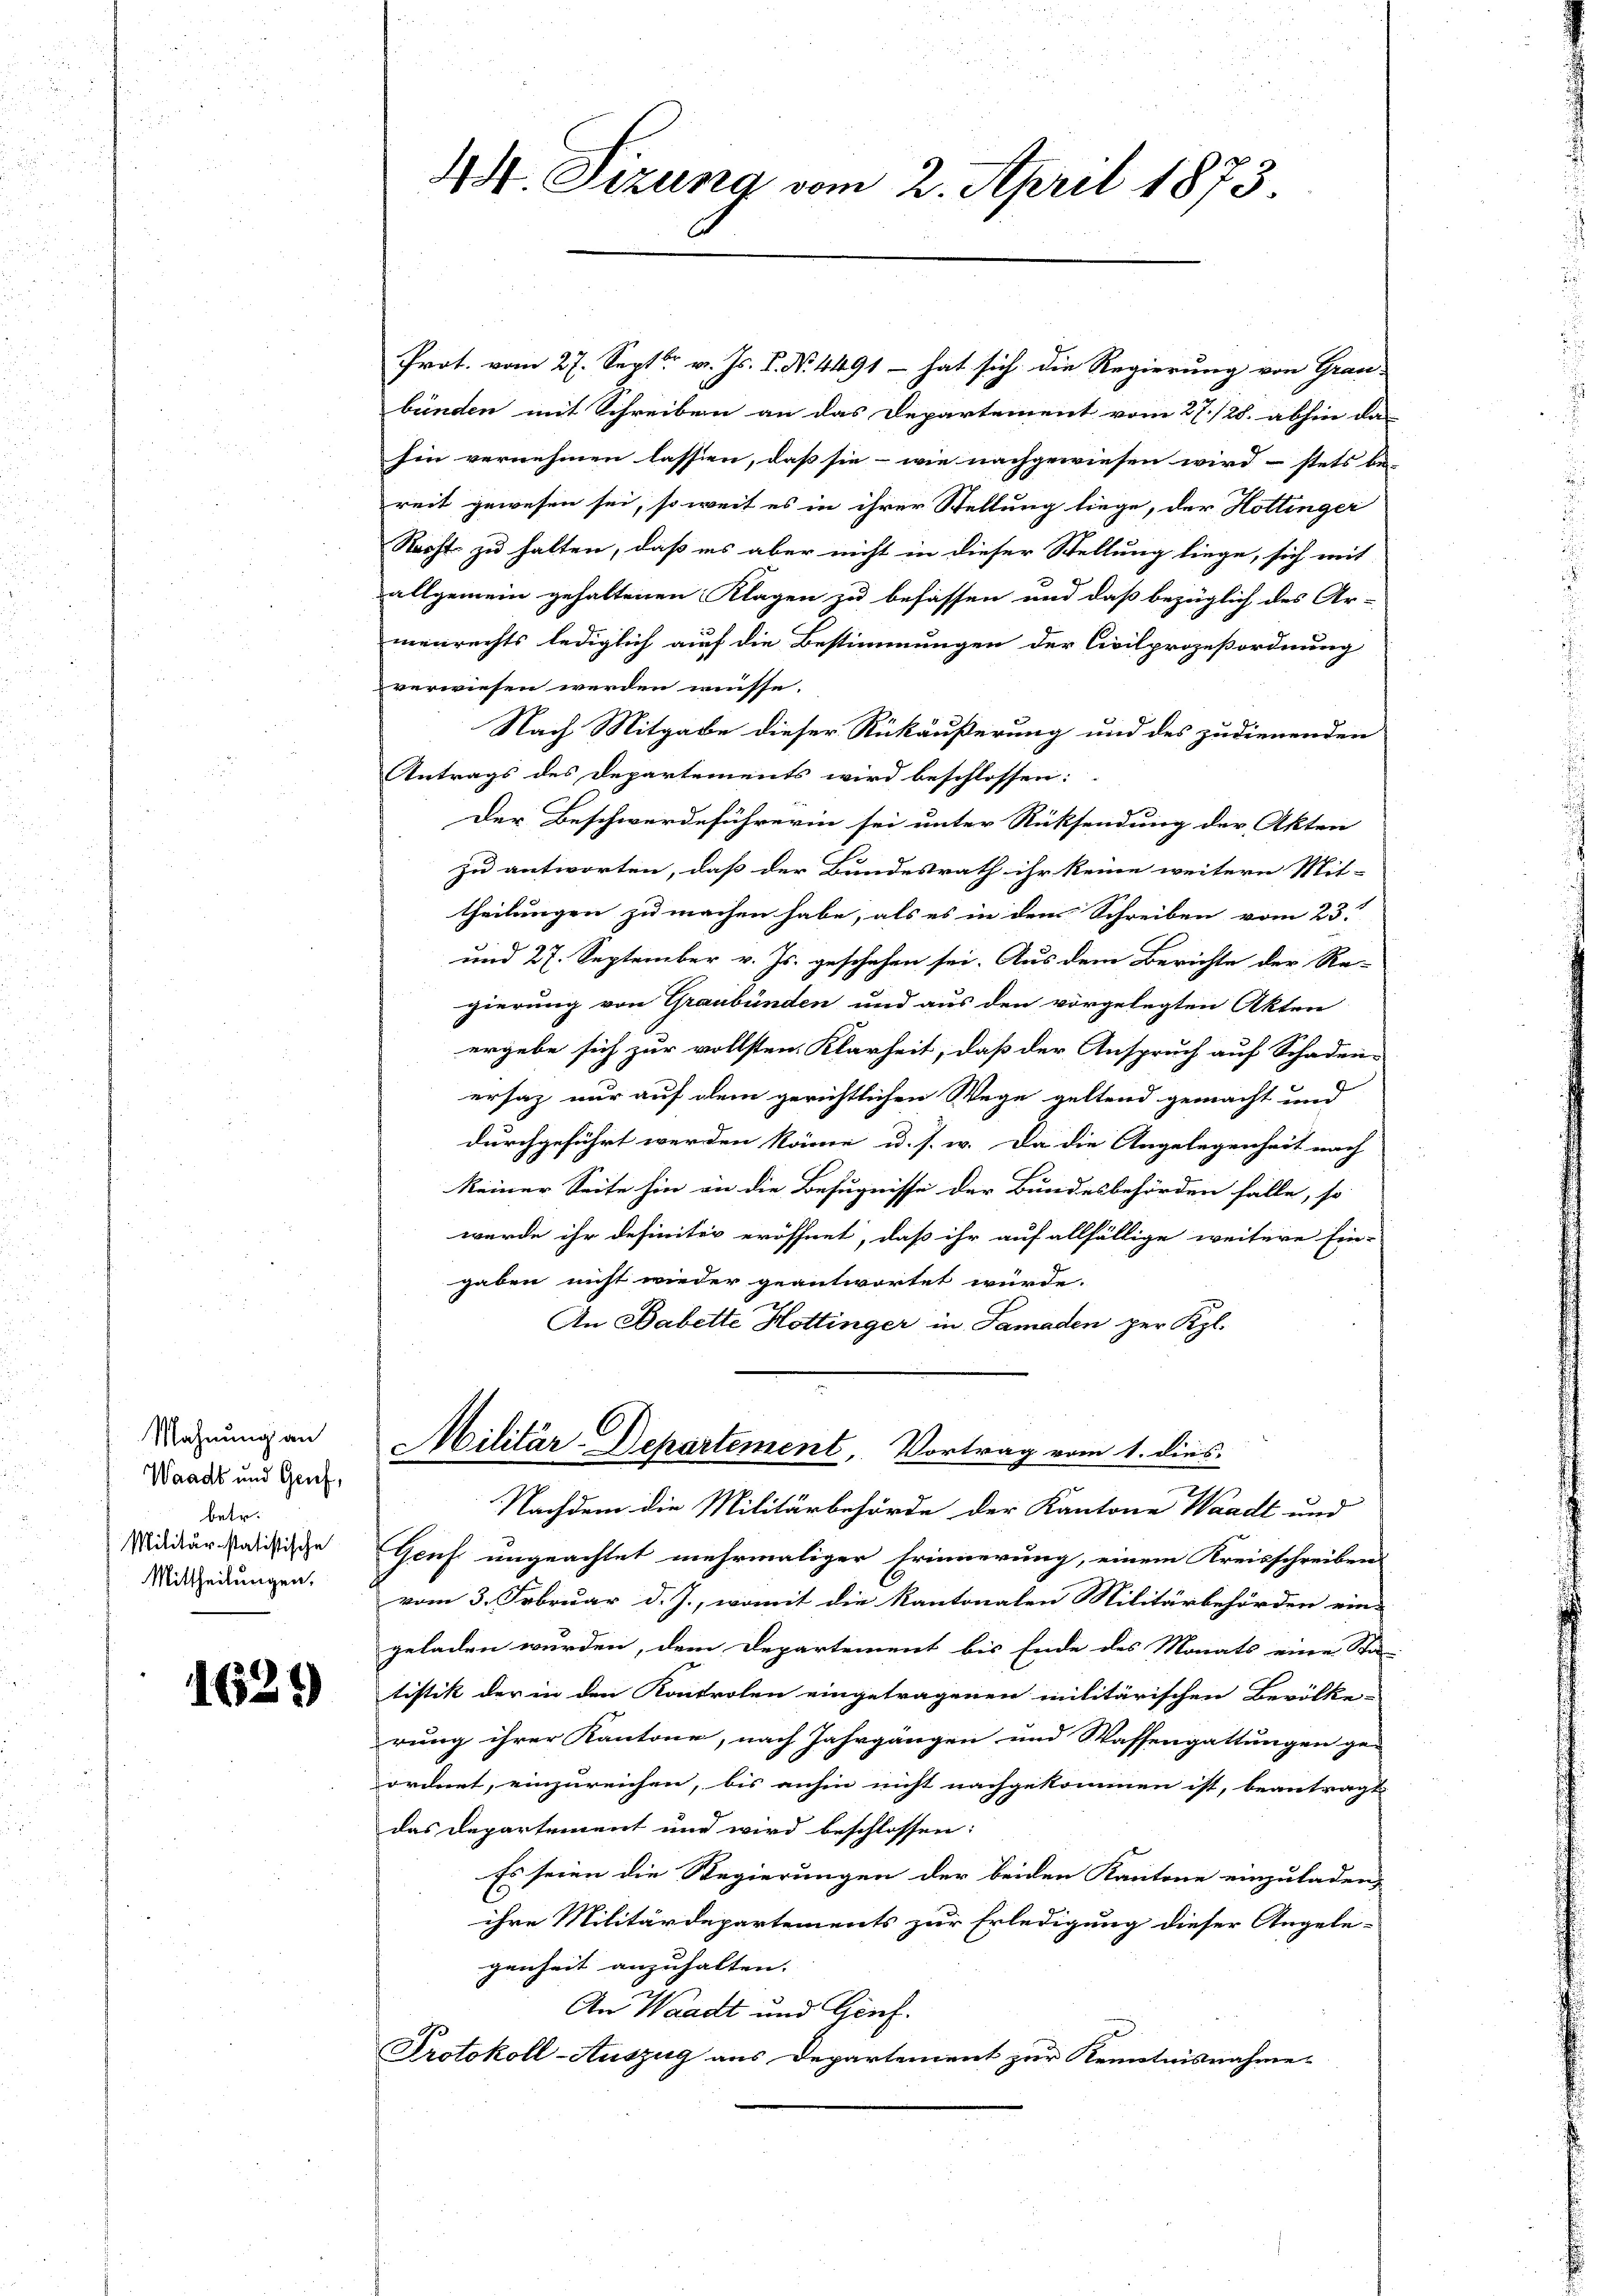
Mahnung an
Waadt und Graf,
betr.
Militärstatistische
Mittheilungen.

1627)

Prot. vom 27. Sept v. Js. P. N. 4491 – hat sich die Regierung von Grau-
bünden mit Schreiben an das Departement vom 27./25. abhin da
hin vernehmen lassen, daß sie - wie nachgewiesen wird – stets be-
reit gewesen sei, so weit es in ihrer Stellung liege, der Hottinger
Recht zu halten, daß ins aber nicht in dieser Stellung liege, sich mit
allgemein gehaltenen Klagen zu befassen und daß bezüglich des Ar-
menrechts lediglich auf die Bestimmungen der Civilprozeßordnung
verwiesen werden müsse.
Nach Mitgabe dieser Rückäußerung und des zudienenden
Antrags des Departements wird beschlossen:
Der Beschwerdeführerin sei unter Rücksendung der Akten
zu antworten, daß der Bundesrath ihr keine weitern Mit-
theilungen zu machen habe, als es in dem Schreiben vom 23.
und 27. September v. Js. geschehen sei. Aus dem Berichte der Re-
gierung von Graubünden und aus den vorgelegten Akten
ergebe sich zur vollsten Klarheit, daß der Anspruch auf Schadenersatz nur auf dem gerichtlichen Wege geltend gemacht und
durchgeführt werden könne u. s. w. Da die Angelegenheit nach
keiner Seite hin an die Befugnisse der Bundesbehörden falle, so
wurde ihr definiter eröffnet, daß ihr auf allfällige weitere Ein-
gaben nicht wieder geantwortet würde.
An Babette Hottinger in Samaden per Kgl.
Militär-Departement, Vortrag vom 1. dies
Nachdem die Militärbehörde der Kantone Waadt und
Genf ungeachtet mehrmaliger Erinnerung, einem Kreisschreiben
vom 3. Februar d. J., womit die Kantonalen Militärbehörden ein-
geladen würden, dem Departement bis Ende des Monats eine Sta-
tistik der in den Kontrolen eingetragenen militärischen Bevölke-
rung ihrer Kantone, nach Jahrgangen und Wassengattungen ge-
ordnet, einzureichen, bis anhin nicht nachgekommen ist, beantragt
das Departement und wird beschlossen:
Es seien die Regierungen der beiden Kantone einzuladen,
ihre Militärdepartements zur Erledigung dieser Angele-
genheit anzuhalten. |
An Waadt und Genf.
Protokoll-Auszug aus Departement zur Kenntnisnahme-

44 Sizung vom 2. April 1873